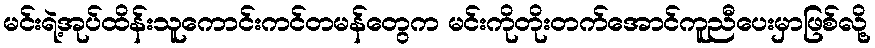
မင်းရဲ့အုပ်ထိန်းသူကောင်းကင်တမန်တွေက မင်းကိုတိုးတက်အောင်ကူညီပေးမှာဖြစ်လို့